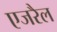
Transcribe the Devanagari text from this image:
एजरैल